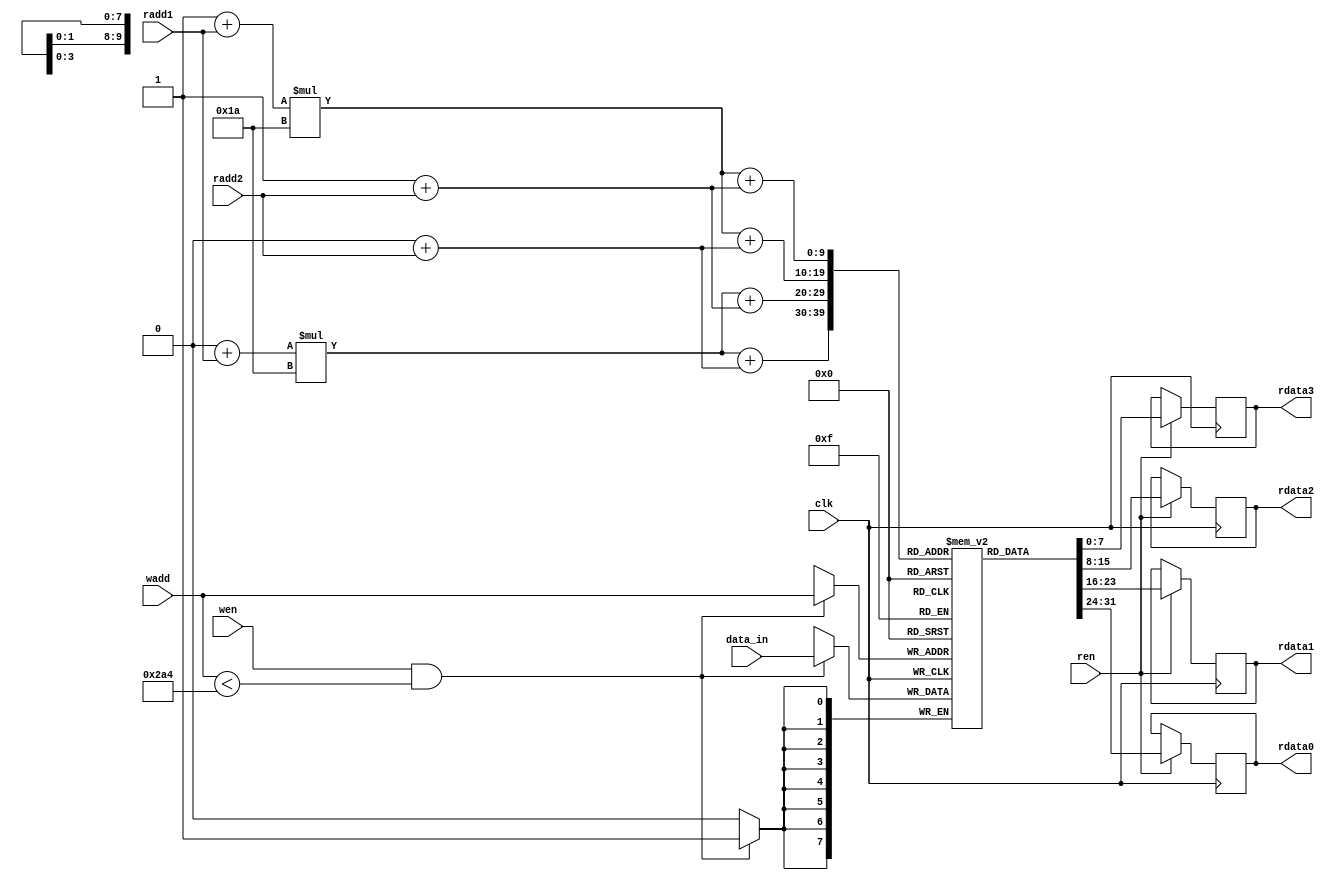
`timescale 1ns / 1ps
//////////////////////////////////////////////////////////////////////////////////
// Company: 
// Engineer: 
// 
// Design Name: 
// Module Name: memory_rstl_conv_3
// Project Name: 
// Target Devices: 
// Tool Versions: 
// Description: 
// 
// Dependencies: 
// 
// Revision:
// Revision 0.01 - File Created
// Additional Comments:
// 
//////////////////////////////////////////////////////////////////////////////////


module memory_rstl_conv_3
#(
    //memory_rstl_conv
    parameter n_c = 5'd26,  //number of column matrix image 
    parameter n_r = 5'd26,  //number of rows matrix image 
    parameter dataWidthImg= 16,
    parameter numWeightRstlConv = 676,
    parameter addressWidthRstlConv = 10, 
    parameter dataWidthRstlConv = 8
)
( 
    input clk,
    input wen,
    input ren,
    input [addressWidthRstlConv-1:0] wadd,
    input [addressWidthRstlConv-1:0] radd1,
    input [addressWidthRstlConv-1:0] radd2,
    input signed [dataWidthRstlConv-1:0] data_in,

    output reg [dataWidthRstlConv-1:0] rdata0,
    output reg [dataWidthRstlConv-1:0] rdata1,
    output reg [dataWidthRstlConv-1:0] rdata2,
    output reg [dataWidthRstlConv-1:0] rdata3 

);
    
    reg [dataWidthRstlConv-1:0] mem_rstl_conv3 [numWeightRstlConv-1:0];

    wire [11-1:0] p_img_0;
    wire [11-1:0] p_img_1;
    wire [11-1:0] p_img_2;
    wire [11-1:0] p_img_3;
    
    assign p_img_0 = (0+radd1)*(n_c) + (0+radd2);
    assign p_img_1 = (0+radd1)*(n_c) + (1+radd2);
    assign p_img_2 = (1+radd1)*(n_c) + (0+radd2);
    assign p_img_3 = (1+radd1)*(n_c) + (1+radd2);     


    always @(posedge clk)
	begin
	   if (wen & (wadd < numWeightRstlConv))
	   begin
	       mem_rstl_conv3[wadd] <= data_in;
	       //$display("conv3, %d",wadd,data_in);
	       //$display("%d",data_in);  

	   end
	end 
    
    always @(posedge clk)
    begin
        if (ren)
        begin
            rdata0 <= mem_rstl_conv3[p_img_0];
            rdata1 <= mem_rstl_conv3[p_img_1];
            rdata2 <= mem_rstl_conv3[p_img_2];
            rdata3 <= mem_rstl_conv3[p_img_3];
        end
    end 
endmodule